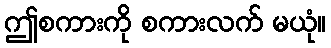
ဤစကားကို စကားလက် မယုံ။